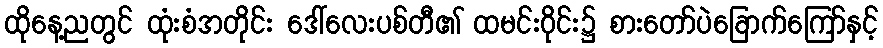
ထိုနေ့ညတွင် ထုံးစံအတိုင်း ဒေါ်လေးပစ်တီ၏ ထမင်းဝိုင်း၌ စားတော်ပဲခြောက်ကြော်နှင့်